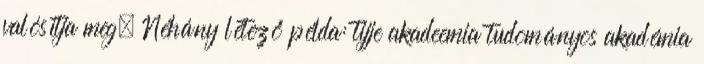
valósítja meg. Néhány létező példa: tijje akadeemia tudományos akadémia